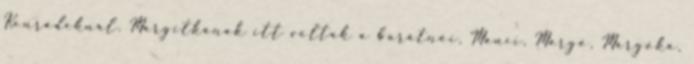
Konrádéknál. Margitkának itt voltak a barátnői, Manci, Margó, Margóka,